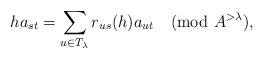
\begin{align*} ha_{st} =\sum_{u\in T_\lambda} r_{us}(h)a_{ut}\pmod {A^{>\lambda}}, \end{align*}